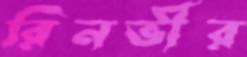
রিনভীর